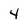
Character: 4